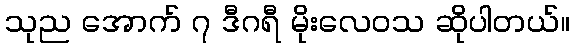
သုည အောက် ၇ ဒီဂရီ မိုးလေဝသ ဆိုပါတယ်။